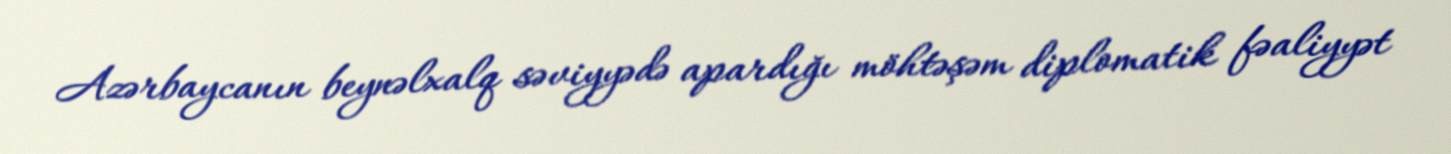
Azərbaycanın beynəlxalq səviyyədə apardığı möhtəşəm diplomatik fəaliyyət